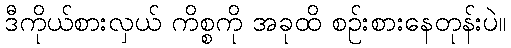
ဒီကိုယ်စားလှယ် ကိစ္စကို အခုထိ စဉ်းစားနေတုန်းပဲ။